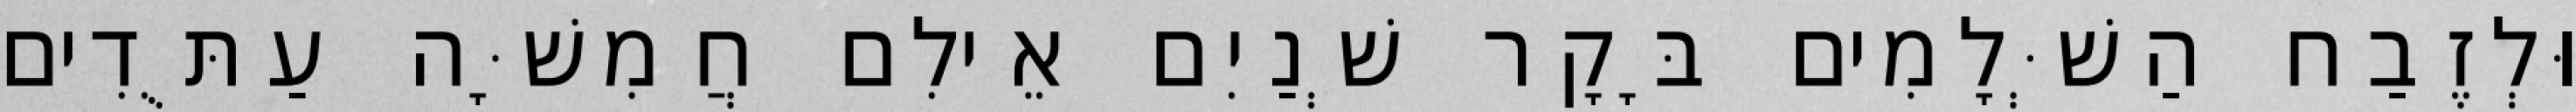
וּלְזֶבַח הַשְּׁלָמִים בָּקָר שְׁנַיִם אֵילִם חֲמִשָּׁה עַתֻּדִים